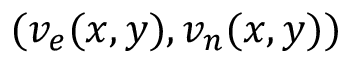
( v _ { e } ( x , y ) , v _ { n } ( x , y ) )